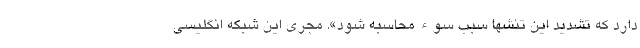
دارد که تشدید این تنشها سبب سوء محاسبه شود». مجری این شبکه انگلیسی